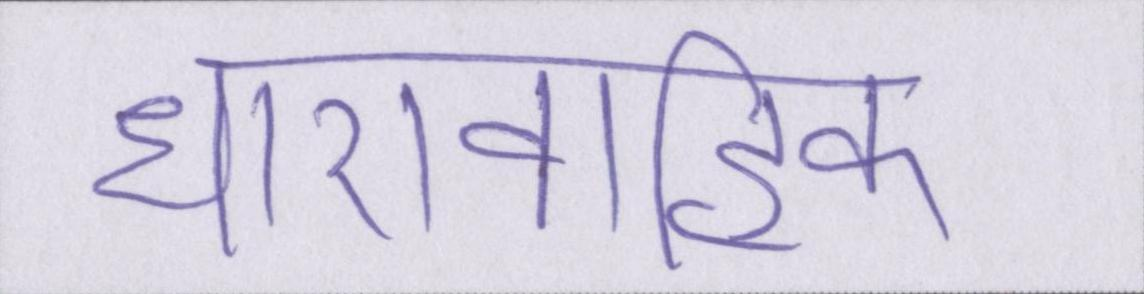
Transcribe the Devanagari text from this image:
धारावाहिक